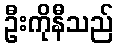
ဦးကိုနီသည်